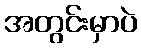
အတွင်းမှာပဲ